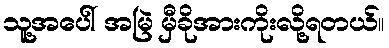
သူ့အပေါ် အမြဲ မှီခိုအားကိုးလို့ရတယ်။